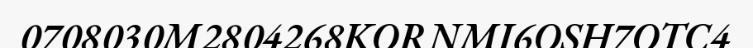
0708030M2804268KORNMI6OSH7OTC4